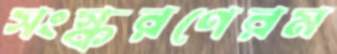
সংস্করণেরম